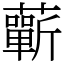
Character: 蘄